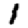
Digit: 1